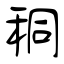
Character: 秱